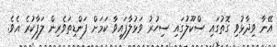
އޭނާ ވިދާޅުވި ގޮތުގައި ސްކޫލުގައި ސިހުރު ވަޅުލާފައިވާ ކަމަށް ފަންޑިތަވެރިން ލަފާކުރެ އެވެ.